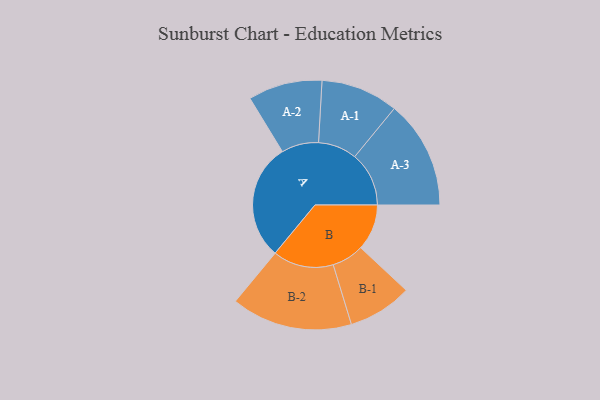
{"axis": {"x": "Segment", "y": "Value"}, "legend": ["", "A", "B"], "data": [{"x": "A", "y": 491, "type": ""}, {"x": "B", "y": 194, "type": ""}, {"x": "A-1", "y": 163, "type": "A"}, {"x": "A-2", "y": 156, "type": "A"}, {"x": "A-3", "y": 228, "type": "A"}, {"x": "B-1", "y": 135, "type": "B"}, {"x": "B-2", "y": 255, "type": "B"}]}